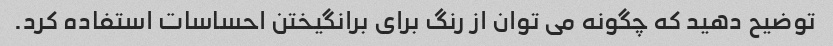
توضیح دهید که چگونه می توان از رنگ برای برانگیختن احساسات استفاده کرد.